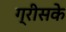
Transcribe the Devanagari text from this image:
ग्रीसके